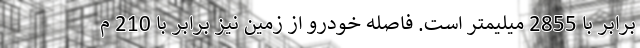
برابر با 2855 میلیمتر است. فاصله خودرو از زمین نیز برابر با 210 م